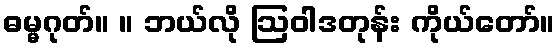
ဓမ္မဂုတ်။ ။ ဘယ်လို ဩဝါဒတုန်း ကိုယ်တော်။